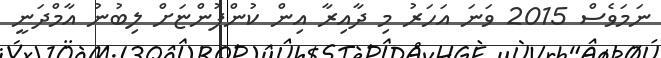
ނަމަވެސް 2015 ވަނަ އަހަރު މި ދާއިރާ އިން ކުންފުންޏަށް ލިބުނު އާމްދަނީ